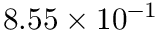
8 . 5 5 \times 1 0 ^ { - 1 }